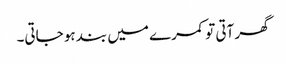
گھر آتی تو کمرے میں بند ہو جاتی۔